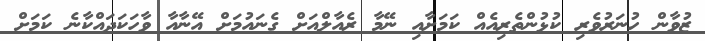
ޒުވާން ހުނަރުވެރި ކުޅުންތެރިއެއް ކަމަށާއި ނޭމާ ރެއާލްއަށް ގެނައުމަށް އޭނާއާ ވާހަކަދައްކާނެ ކަމަށް